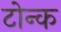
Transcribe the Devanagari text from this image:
टोन्क